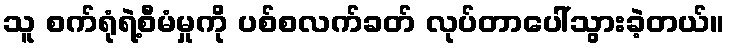
သူ စက်ရုံရဲ့စီမံမှုကို ပစ်စလက်ခတ် လုပ်တာပေါ်သွားခဲ့တယ်။